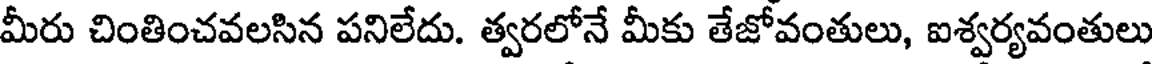
మీరు చింతించవలసిన పనిలేదు. త్వరలోనే మీకు తేజోవంతులు, ఐశ్వర్యవంతులు